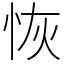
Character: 恢